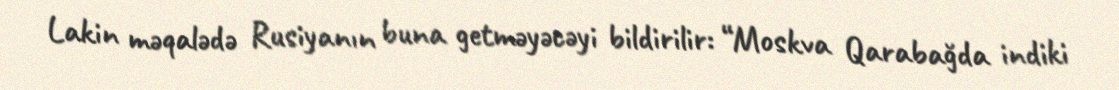
Lakin məqalədə Rusiyanın buna getməyəcəyi bildirilir: “Moskva Qarabağda indiki